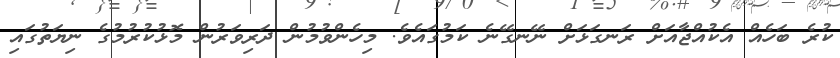
ކުރެ ބަހެއް އެކުއްޖާއަށް ރަނގަޅަށް ނޭނގޭނެ ކަމުގައެވެ. މިހެންވުމުން ދަރިވަރުން މޮޅުކުރުމުގެ ނިޔަތުގައި